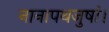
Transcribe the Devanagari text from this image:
नानापथजुषां।